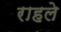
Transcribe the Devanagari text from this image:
राहले